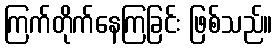
ကြက်တိုက်နေကြခြင်း ဖြစ်သည်။